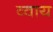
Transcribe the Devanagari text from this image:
व्वाय